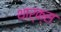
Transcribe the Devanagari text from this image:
थार्क्स